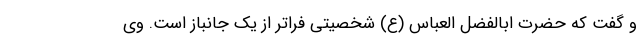
و گفت که حضرت ابالفضل العباس (ع) شخصیتی فراتر از یک جانباز است. وی